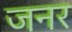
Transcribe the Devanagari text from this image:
जनर